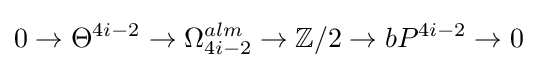
0\to \Theta ^{4i-2}\to \Omega _{4i-2}^{alm}\to \mathbb {Z} /2\to bP^{4i-2}\to 0